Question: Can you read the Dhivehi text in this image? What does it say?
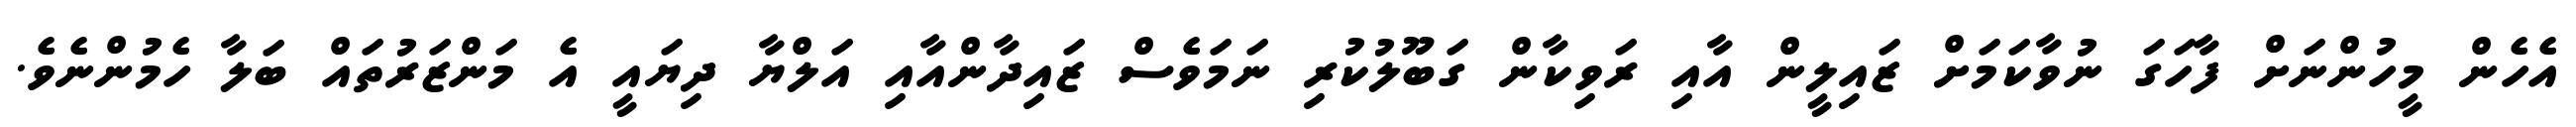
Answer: އެހެން މީހުންނަށް ފާހަގަ ނުވާކަމަށް ޒައިލީން އާއި ރަވިކާން ގަބޫލުކުރި ނަމަވެސް ޒައިދާންއާއި އަލްޔާ ދިޔައީ އެ މަންޒަރުތައް ބަލާ ހެމުންނެވެ.